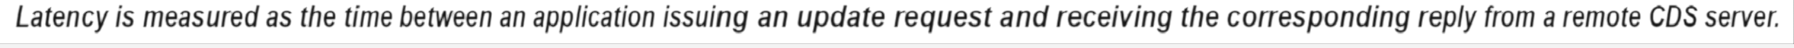
Latency is measured as the time between an application issuing an update request and receiving the corresponding reply from a remote CDS server.